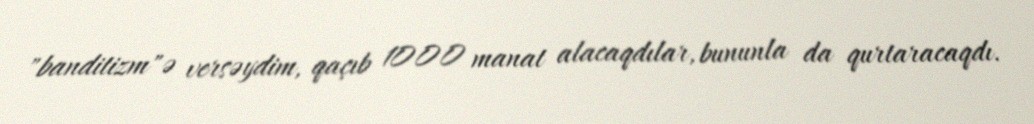
"banditizm"ə versəydim, qaçıb 1000 manat alacaqdılar, bununla da qurtaracaqdı.